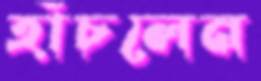
হাঁচলেন